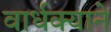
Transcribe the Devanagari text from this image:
वार्धक्याने